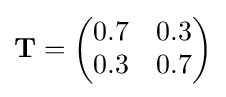
\mathbf {T} ={\begin{pmatrix}0.7&0.3\\0.3&0.7\end{pmatrix}}